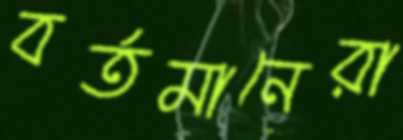
বর্তমানেরা